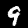
Digit: 9